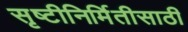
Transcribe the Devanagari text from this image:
सृष्टीनिर्मितीसाठी